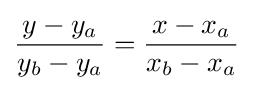
{\frac {y-y_{a}}{y_{b}-y_{a}}}={\frac {x-x_{a}}{x_{b}-x_{a}}}